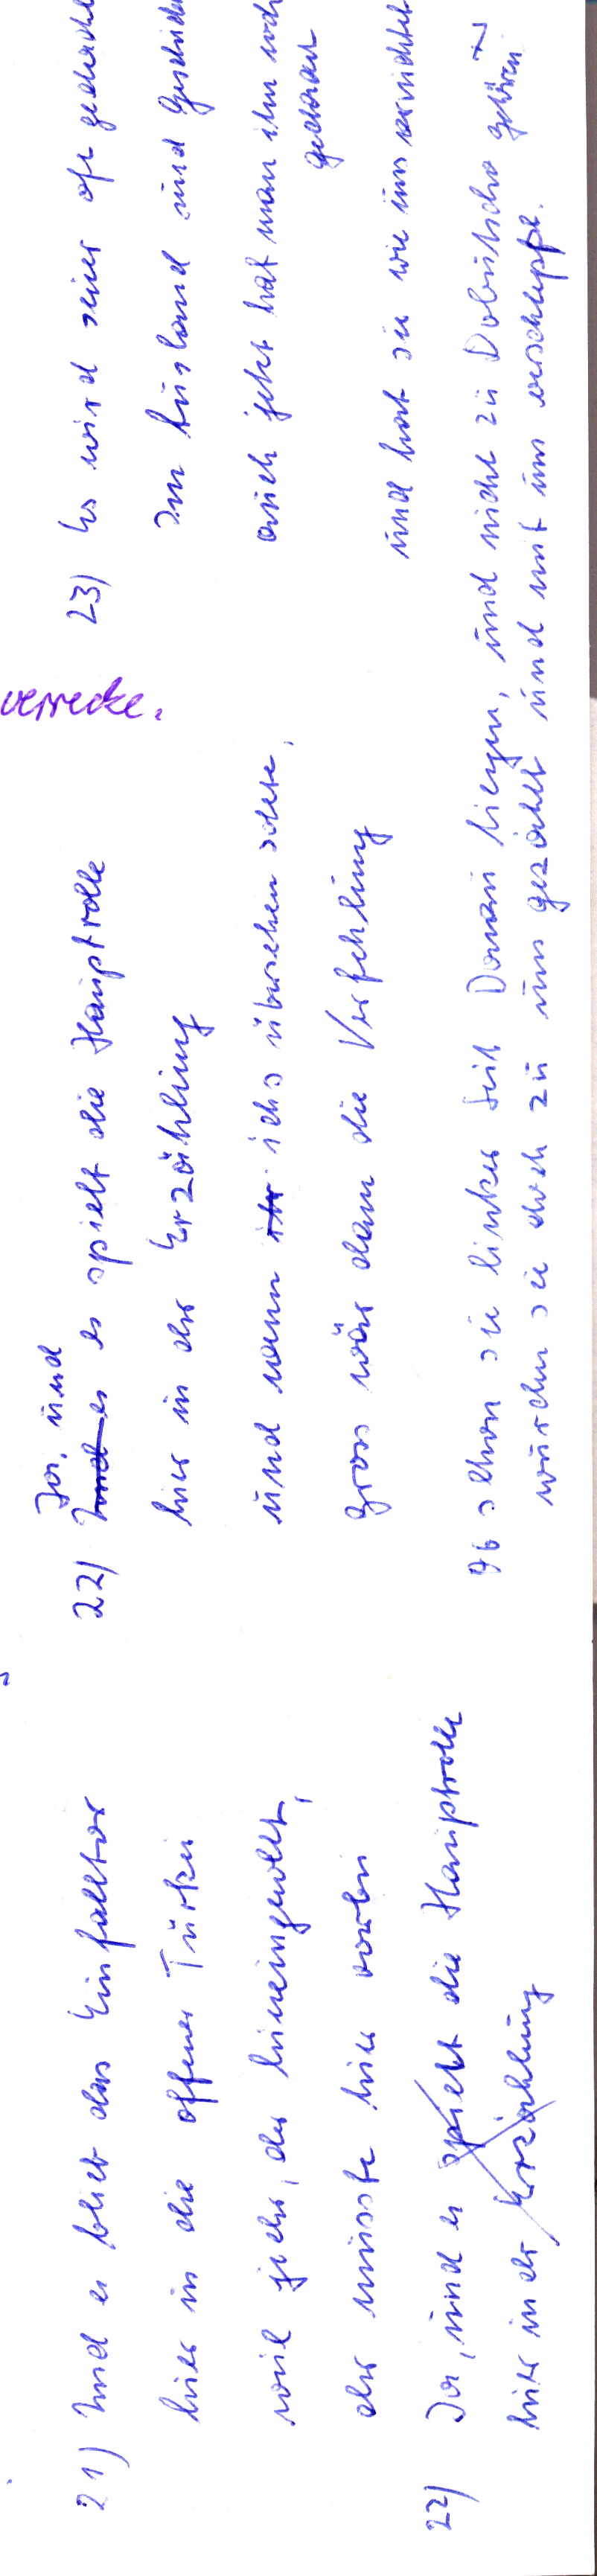
21) Und es bleibt das Einfalltor
hier in die offene Türkei
weil jeder, der hineingewollt,
der musste hier vorbei